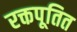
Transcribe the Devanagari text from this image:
रक्तपूतित